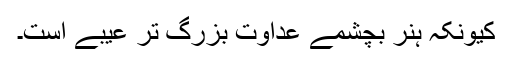
کیونکہ ہنر بچشمے عداوت بزرگ تر عیبے است۔